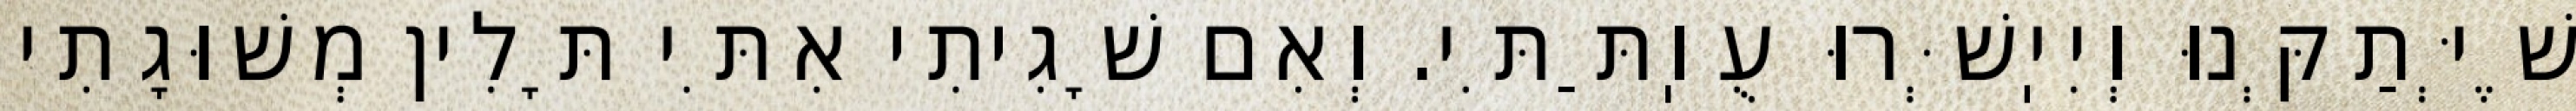
שֶׁיְּתַקְּנוּ וְיִיֽשְּׁרוּ עֻוֽתַּתִּי. וְאִם שָׁגִיתִי אִתִּי תָּלִין מְשׁוּגָתִי